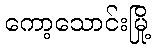
ကော့သောင်းမြို့